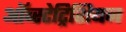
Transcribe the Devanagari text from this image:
ऑब्स्टेट्रिशियन